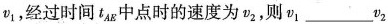
v_{1}经过时间t_{AB}中点时的速度为v_{2}，则v_{1}___v_{2}